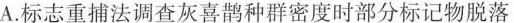
A.标志重捕法调查灰喜鹊种群密度时部分标记物脱落